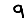
Digit: 9